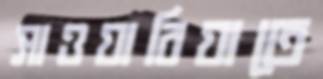
সাওয়ারিয়াতে